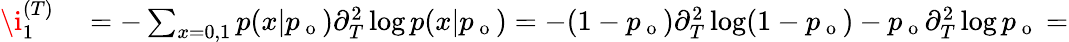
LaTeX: \begin{array}{rl}{\i_{1}^{(T)}}&{{}=-\sum_{x=0,1}p(x|p_{\mathrm{~o~}})\partial_{T}^{2}\log p(x|p_{\mathrm{~o~}})=-(1-p_{\mathrm{~o~}})\partial_{T}^{2}\log(1-p_{\mathrm{~o~}})-p_{\mathrm{~o~}}\partial_{T}^{2}\log p_{\mathrm{~o~}}=}\end{array}